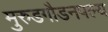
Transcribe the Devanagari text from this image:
मुरुडगौडनपल्य